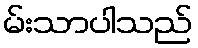
မ်းသာပါသည်